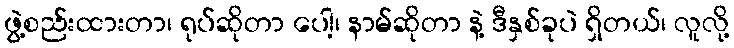
ဖွဲ့စည်းထားတာ၊ ရုပ်ဆိုတာ ပေါ့၊ နာမ်ဆိုတာ နဲ့ ဒီနှစ်ခုပဲ ရှိတယ်၊ လူလို့